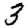
Digit: 3